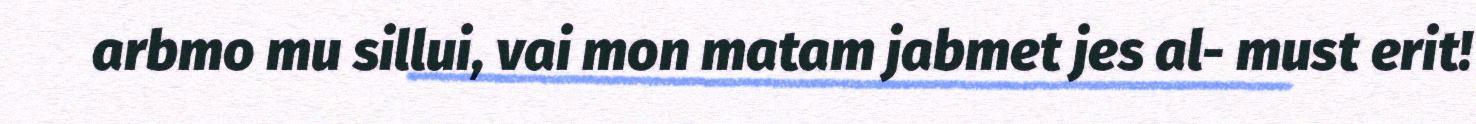
arbmo mu sillui, vai mon matam jabmet jes al- must erit!